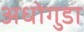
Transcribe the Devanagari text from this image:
अधोगुडा